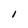
Character: I